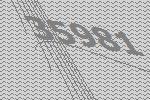
35981